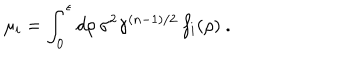
\mu _ { i } = \int _ { 0 } ^ { \epsilon } d \rho \, \sigma ^ { 2 } \gamma ^ { ( n - 1 ) / 2 } \, f _ { i } ( \rho ) ~ .